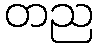
တည